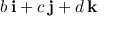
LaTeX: b \, \mathbf { i } + c \, \mathbf { j } + d \, \mathbf { k }